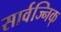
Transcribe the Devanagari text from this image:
सार्वज्निक्